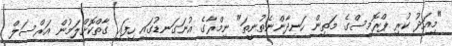
"މިއަދު ކުރި ޕްރޮމިސްގެ މަތިން ހަނދާންނެތުނީތަ" ނިމްރާގެ އުނަގަނޑުގައި ހިފައި ގާތްކޮށްލަމުން އަރްސަލް